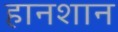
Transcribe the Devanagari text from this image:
हानशान